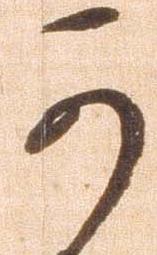
可